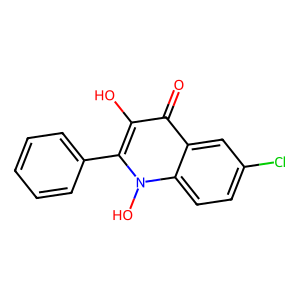
SMILES: O=c1c(O)c(-c2ccccc2)n(O)c2ccc(Cl)cc12
Inhibits HIV replication: No